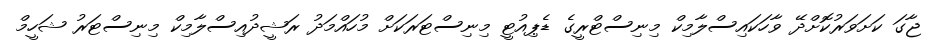
ޖާގަ ކަށަވަރުކޮށްދޭ ވާހަކައިސްލާމިކް މިނިސްޓްރީގެ ޑެޕިއުޓީ މިނިސްޓަރަކަށް މުހައްމަދު ރަޝީދުއިސްލާމިކް މިނިސްޓަރު ޝަހީމް